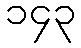
၁၄၃